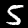
Digit: 5